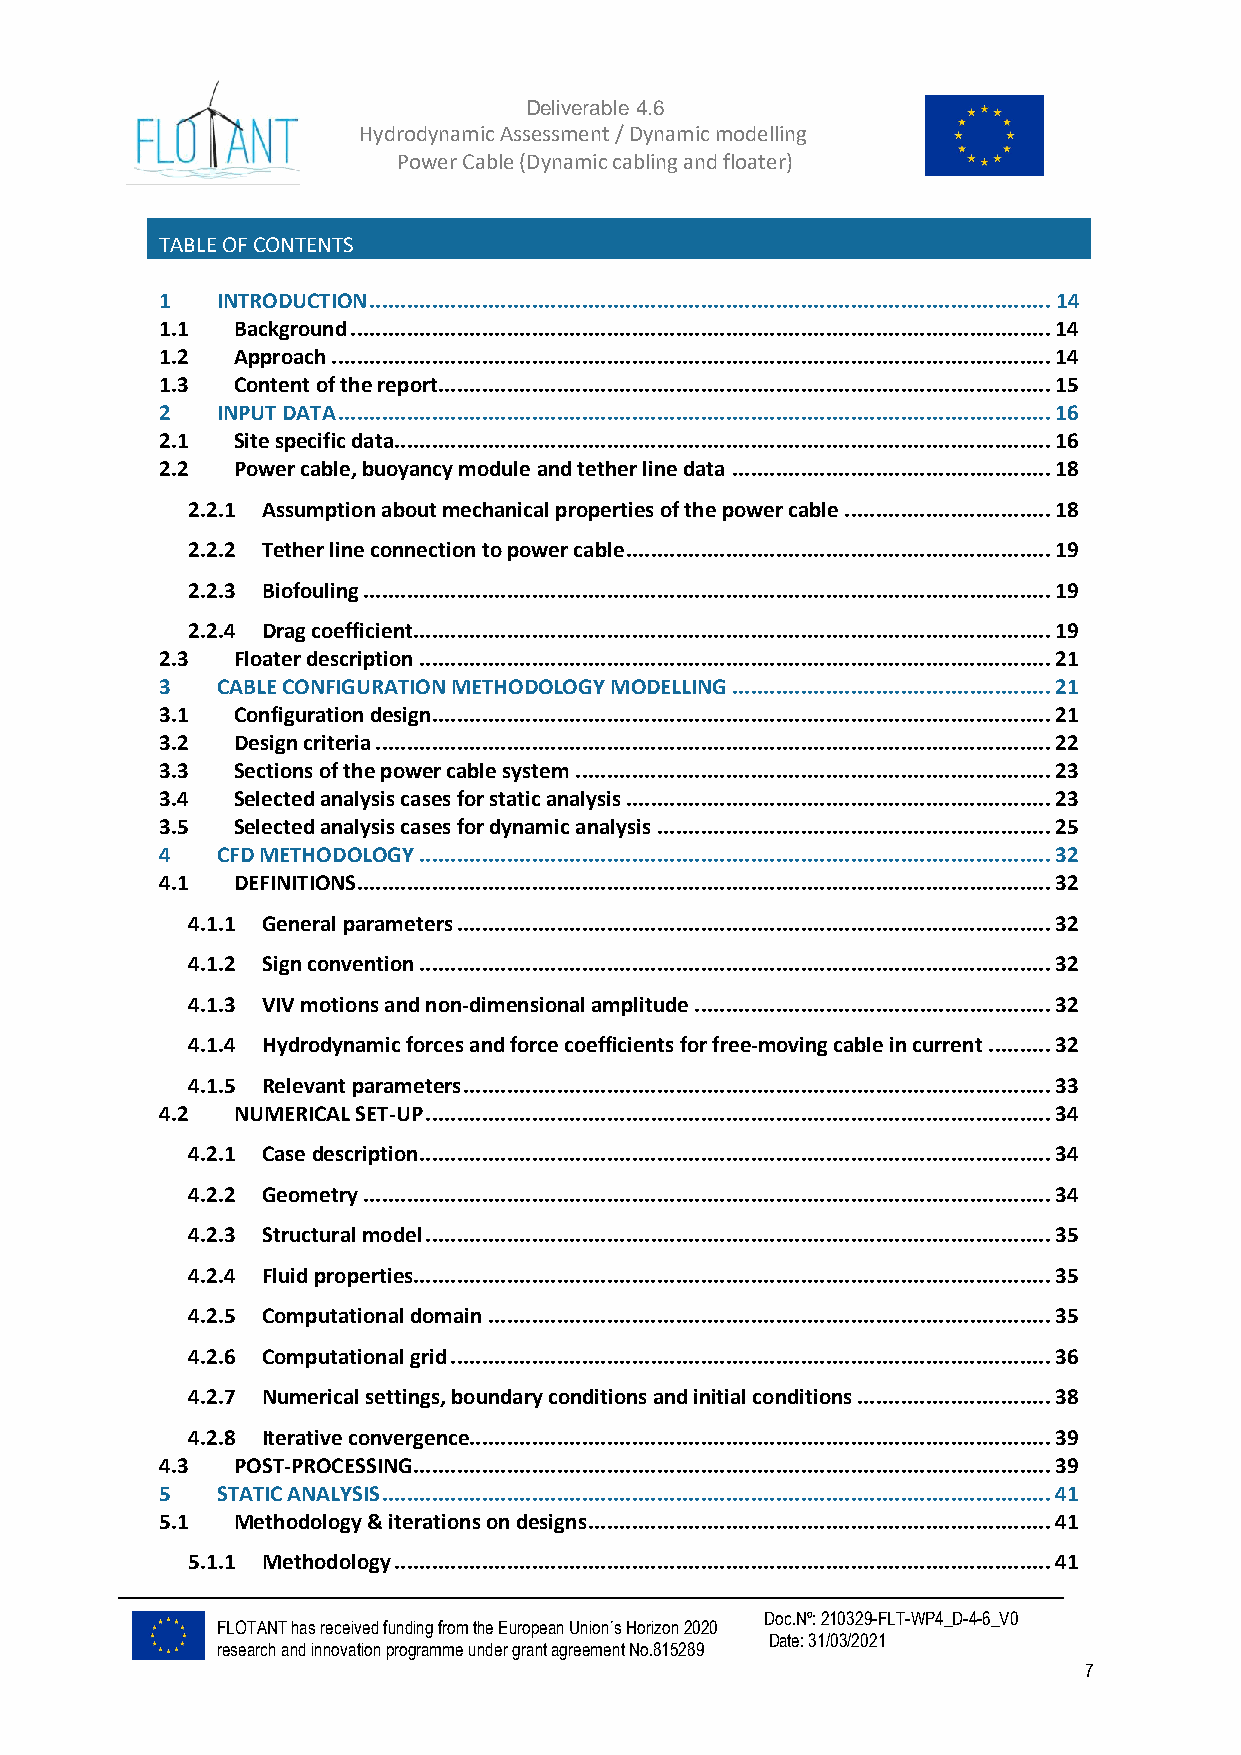
Deliverable 4.6
 Hydrodynamic Assessment / Dynamic modelling of
 Power Cable (Dynamic cabling and floater)
 TABLE OF CONTENTS
 1  INTRODUCTION ............................................................................................................. 14
 1.1 Background ................................................................................................................ 14
 1.2 Approach ................................................................................................................... 14
 1.3 Content of the report.................................................................................................. 15
 2  INPUT DATA .................................................................................................................. 16
 2.1 Site specific data ......................................................................................................... 16
 2.2 Power cable, buoyancy module and tether line data ................................................... 18
 2.2.1 Assumption about mechanical properties of the power cable ................................. 18
 2.2.2 Tether line connection to power cable .................................................................... 19
 2.2.3 Biofouling .............................................................................................................. 19
 2.2.4 Drag coefficient...................................................................................................... 19
 2.3 Floater description ..................................................................................................... 21
 3  CABLE CONFIGURATION METHODOLOGY MODELLING ................................................... 21
 3.1 Configuration design................................................................................................... 21
 3.2 Design criteria ............................................................................................................ 22
 3.3 Sections of the power cable system ............................................................................ 23
 3.4 Selected analysis cases for static analysis .................................................................... 23
 3.5 Selected analysis cases for dynamic analysis ............................................................... 25
 4  CFD METHODOLOGY ..................................................................................................... 32
 4.1 DEFINITIONS ............................................................................................................... 32
 4.1.1 General parameters ............................................................................................... 32
 4.1.2 Sign convention ..................................................................................................... 32
 4.1.3 VIV motions and non-dimensional amplitude ......................................................... 32
 4.1.4 Hydrodynamic forces and force coefficients for free-moving cable in current .......... 32
 4.1.5 Relevant parameters .............................................................................................. 33
 4.2 NUMERICAL SET-UP .................................................................................................... 34
 4.2.1 Case description ..................................................................................................... 34
 4.2.2 Geometry .............................................................................................................. 34
 4.2.3 Structural model .................................................................................................... 35
 4.2.4 Fluid properties...................................................................................................... 35
 4.2.5 Computational domain .......................................................................................... 35
 4.2.6 Computational grid ................................................................................................ 36
 4.2.7 Numerical settings, boundary conditions and initial conditions ............................... 38
 4.2.8 Iterative convergence............................................................................................. 39
 4.3 POST-PROCESSING ...................................................................................................... 39
 5  STATIC ANALYSIS ........................................................................................................... 41
 5.1 Methodology & iterations on designs .......................................................................... 41
 5.1.1 Methodology ......................................................................................................... 41
 Doc.Nº: 210329-FLT-WP4_D-4-6_V0
 FLOTANT has received funding from the European Union´s Horizon 2020
 Date: 31/03/2021
 research and innovation programme under grant agreement No.815289
 7